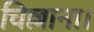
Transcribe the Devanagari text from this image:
चिल्लाना।